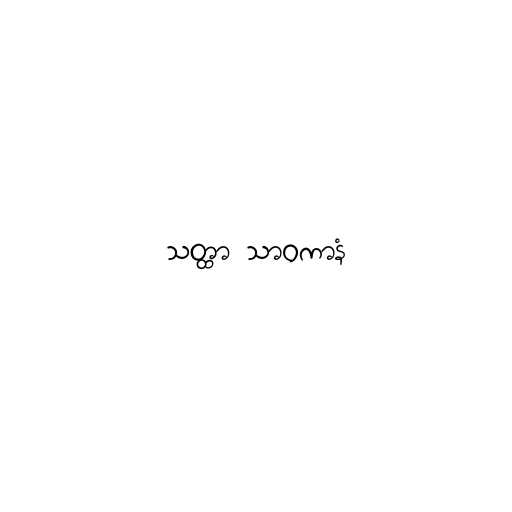
သတ္ထာ သာဝကာနံ